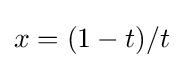
x=(1-t)/t